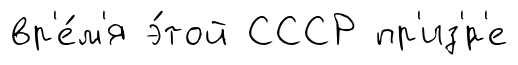
вр'е́м'я э́той СССР пр'из'́р'е